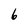
Character: 6